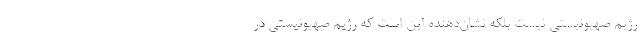
رژیم صهیونیستی نیست بلکه نشان‌دهنده این است که رژیم صهیونیستی در